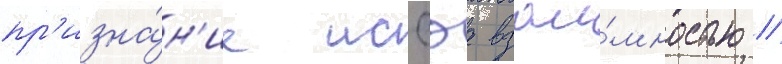
пр'изна́н'ие иссэа взаи́мностью //